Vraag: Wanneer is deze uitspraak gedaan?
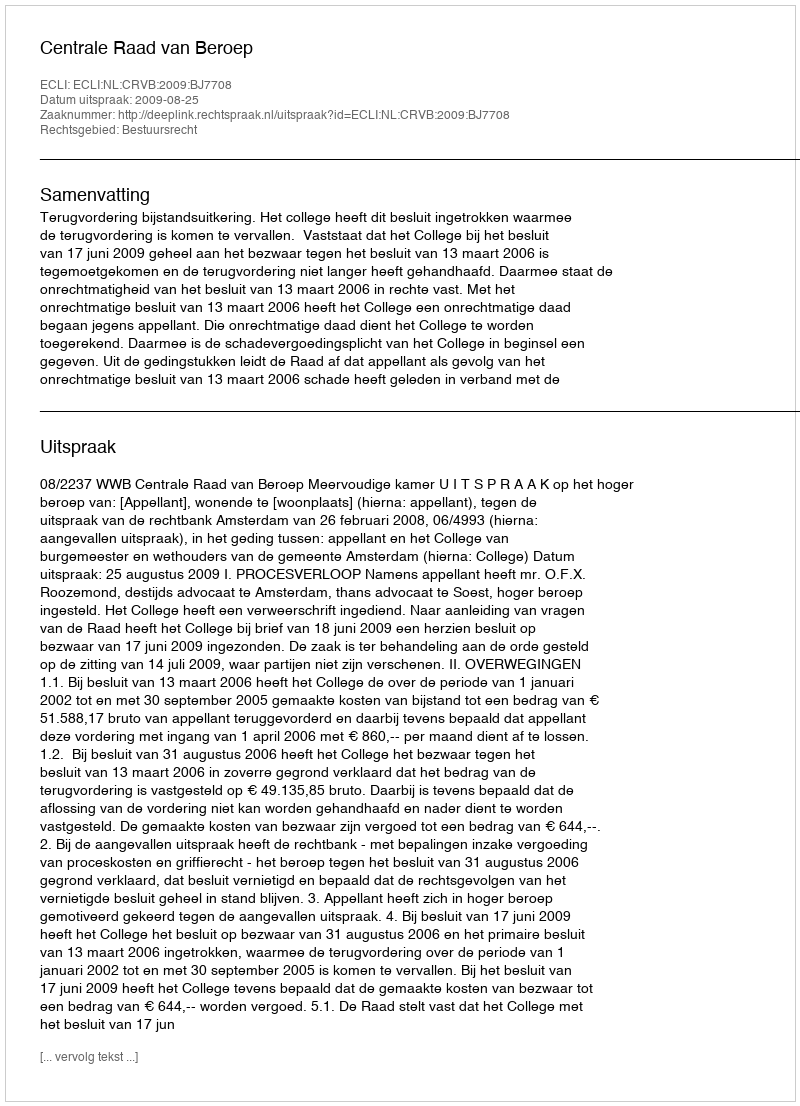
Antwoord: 2009-08-25